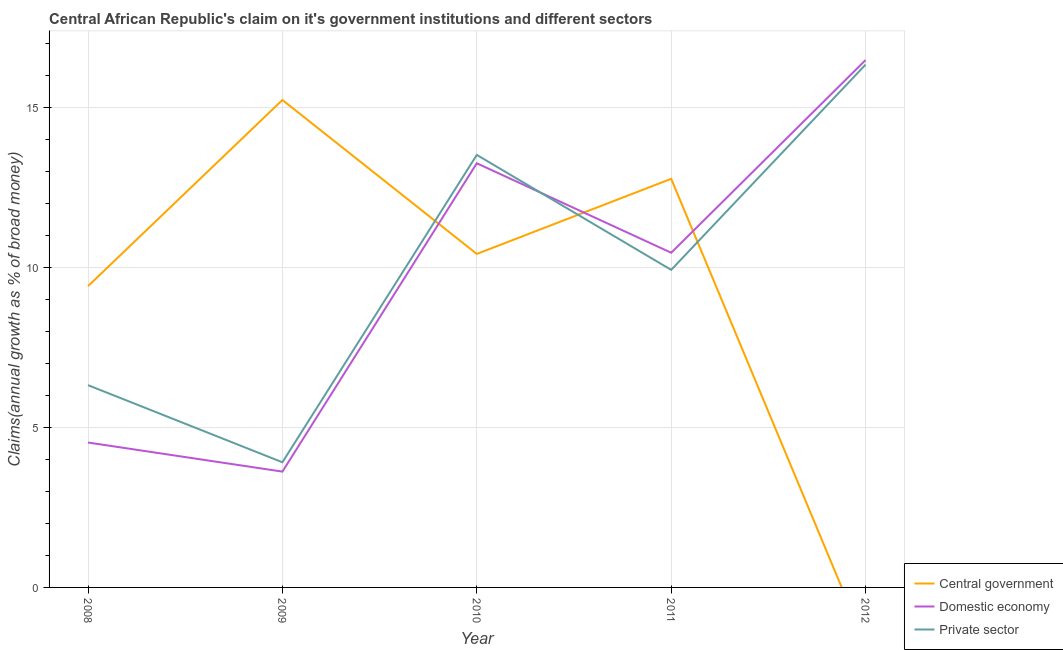
| Year | Central government | Domestic economy | Private sector |
 | --- | --- | --- | --- |
 | 2008 | 9.42 | 4.53 | 6.33 |
 | 2009 | 15.2 | 3.62 | 3.91 |
 | 2010 | 10.4 | 13.3 | 13.5 |
 | 2011 | 12.8 | 10.5 | 9.93 |
 | 2012 | -1.79 | 16.5 | 16.4 |